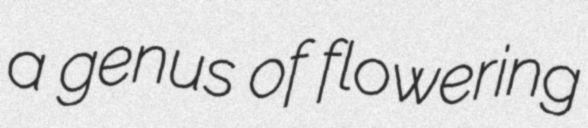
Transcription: a genus of flowering